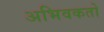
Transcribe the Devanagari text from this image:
अभिवकतो